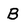
Character: B